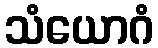
သံယောဂံ